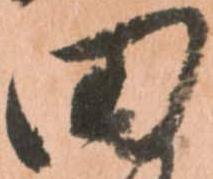
田